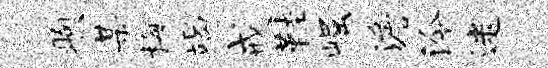
煦某梅竭戒鞋崛澹泠迷